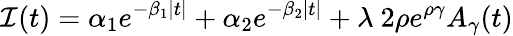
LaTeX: {\cal I}(t)=\alpha_{1}e^{-\beta_{1}|t|}+\alpha_{2}e^{-\beta_{2}|t|}+\lambda~2\rho e^{\rho\gamma}A_{\gamma}(t)